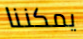
يمكننا